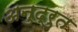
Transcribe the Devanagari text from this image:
अनुद्रुत